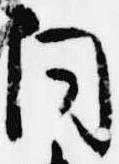
同